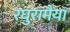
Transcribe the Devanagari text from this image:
रघुरामैया